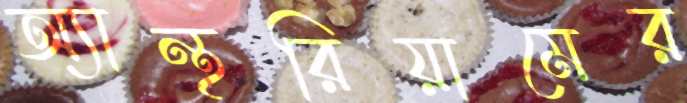
অ্যান্থরিয়ামের